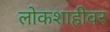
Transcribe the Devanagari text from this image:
लोकशाहीवर